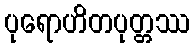
ပုရောဟိတပုတ္တဿ